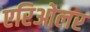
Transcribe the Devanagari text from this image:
एरिओलर